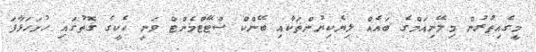
މީގެއިތުރުން މިލޭނިއަމްގެ ބައެއް ލިޔެކިޔުންތަކާއި ބޭންކް ސްޓޭޓްމެންޓް ވަނީ ހެކީގެ ގޮތުގައި ހުށަހަޅާފަ